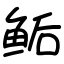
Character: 鲘